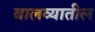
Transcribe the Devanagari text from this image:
बालव्यातील